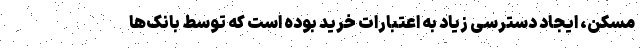
مسکن، ایجاد دسترسی زیاد به اعتبارات خرید بوده است که توسط بانک‌ها